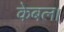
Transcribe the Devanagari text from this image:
केबल।